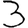
Digit: 3